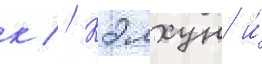
к // Кэлхун и́